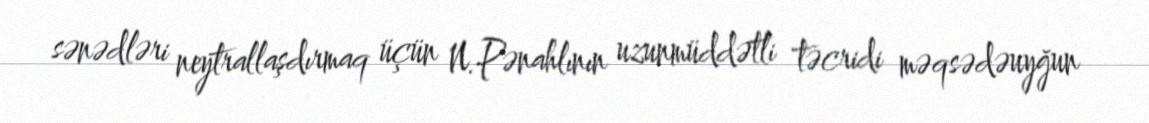
sənədləri neytrallaşdırmaq üçün N.Pənahlının uzunmüddətli təcridi məqsədəuyğun